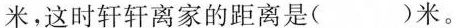
米，这时轩轩离家的距离是( )米。